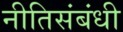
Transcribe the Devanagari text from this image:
नीतिसंबंधी